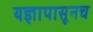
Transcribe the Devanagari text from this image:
यज्ञापासूनच